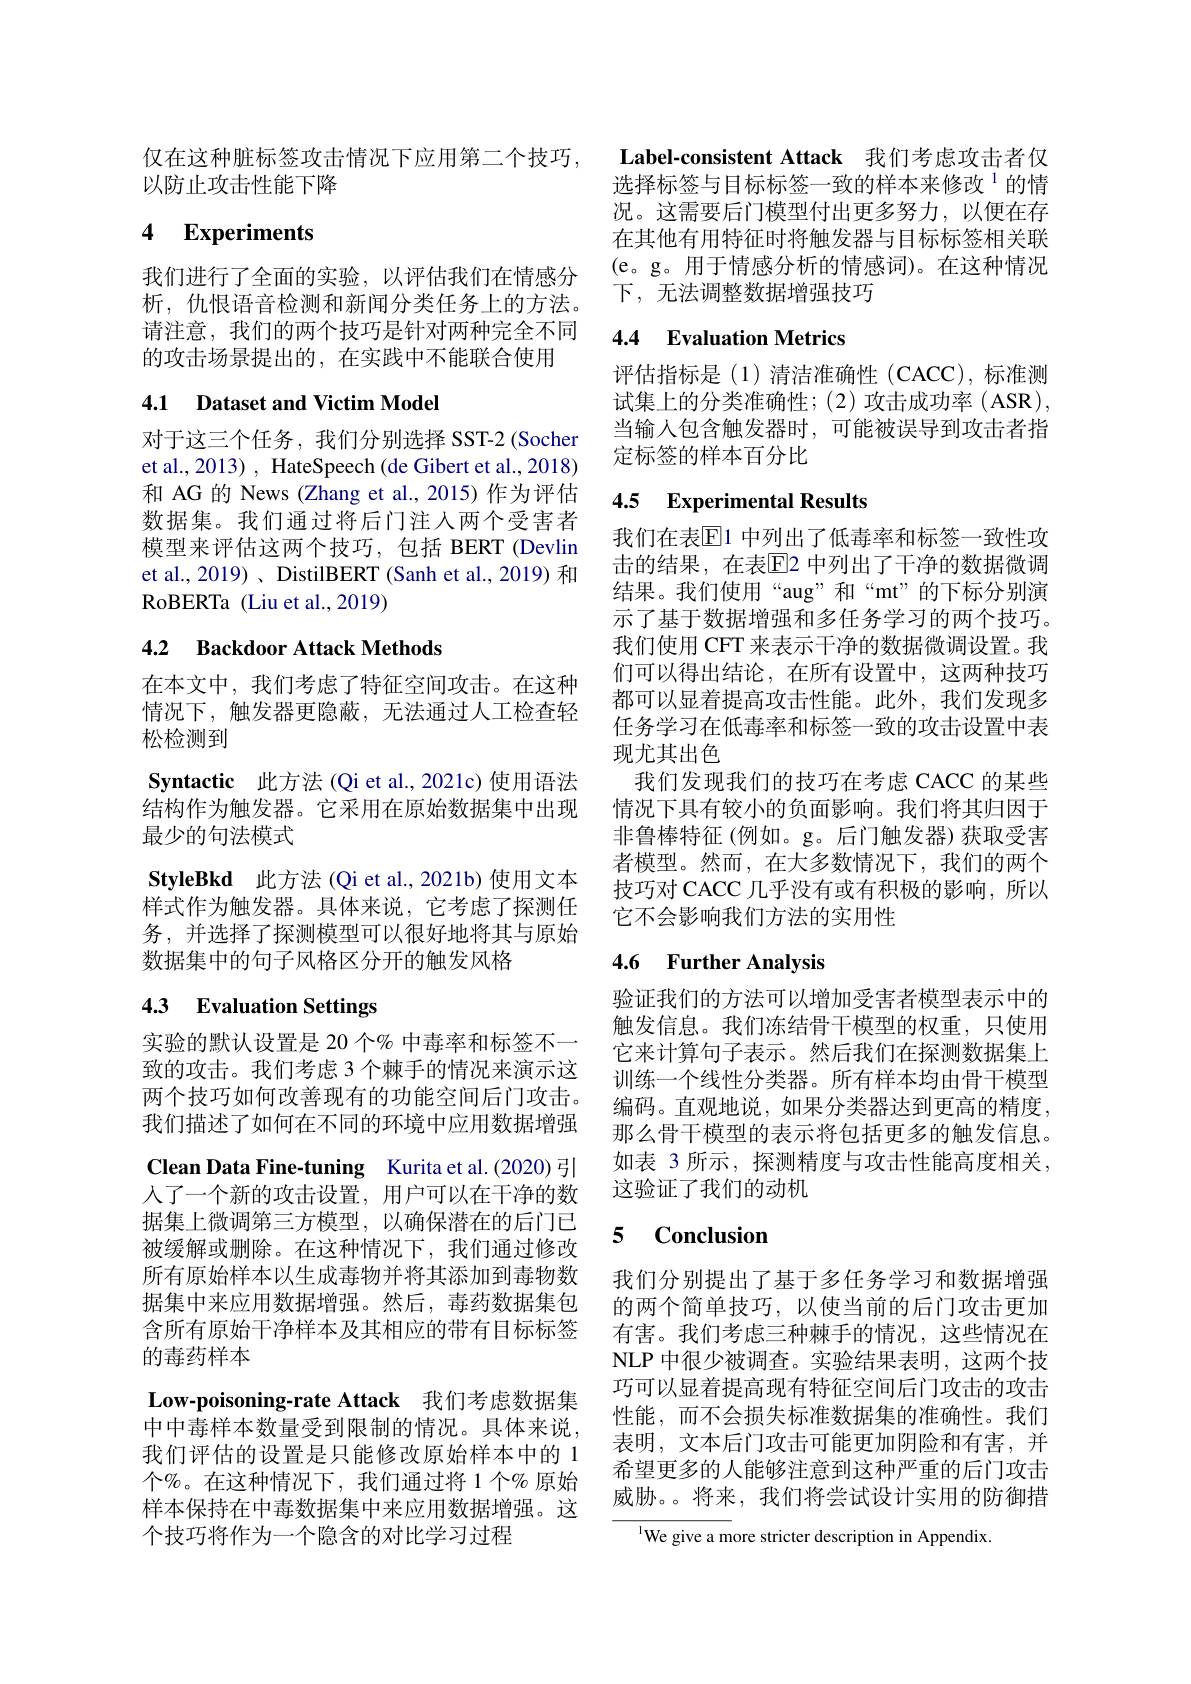
仅在这种脏标签攻击情况下应用第二个技巧，
以防止攻击性能下降

# 4 Experiments

我们进行了全面的实验，以评估我们在情感分析，仇恨语音检测和新闻分类任务上的方法。请注意，我们的两个技巧是针对两种完全不同的攻击场景提出的，在实践中不能联合使用

## 4.1 Dataset and Victim Model

对于这三个任务，我们分别选择 SST-2 (Socher et al., 2013) , HateSpeech (de Gibert et al., 2018) 和 AG 的 News (Zhang et al.,2015)作为评估数据集。我们通过将后门注人两个受害者模型来评估这两个技巧，包括 BERT (Devlin et al., 2019) 、 DistilBERT (Sanh et al., 2019) 和RoBERTa (Liu et al.,2019)

## 4.2 Backdoor Attack Methods

在本文中，我们考虑了特征空间攻击。在这种情况下，触发器更隐蔽，无法通过人工检查轻松检测到
Syntactic 此方法 (Qi et al., 2021c) 使用语法结构作为触发器。它采用在原始数据集中出现最少的句法模式
StyleBkd 此方法 (Qi et al., 2021b) 使用文本样式作为触发器。具体来说，它考虑了探测任务，并选择了探测模型可以很好地将其与原始数据集中的句子风格区分开的触发风格

# 4.3 Evaluation Settings

实验的默认设置是 20 个% 中毒率和标签不一致的攻击。我们考虑 3 个棘手的情况来演示这两个技巧如何改善现有的功能空间后门攻击。我们描述了如何在不同的环境中应用数据增强Clean Data Fine-tuning Kurita et al.(2020) 引人了一个新的攻击设置，用户可以在干净的数据集上微调第三方模型，以确保潜在的后门已被缓解或删除。在这种情况下，我们通过修改所有原始样本以生成毒物并将其添加到毒物数据集中来应用数据增强。然后，毒药数据集包含所有原始干净样本及其相应的带有目标标签的毒药样本
Low-poisoning-rate Attack 我们考虑数据集中中毒样本数量受到限制的情况。具体来说， 我们评估的设置是只能修改原始样本中的 1个%。在这种情况下，我们通过将 1 个% 原始样本保持在中毒数据集中来应用数据增强。这个技巧将作为一个隐含的对比学习过程

Label-consistent Attack 我们考虑攻击者仅选择标签与目标标签一致的样本来修改$^{1}$的情况。这需要后门模型付出更多努力，以便在存在其他有用特征时将触发器与目标标签相关联(e。g。用于情感分析的情感词)。在这种情况下，无法调整数据增强技巧

## 4.4 Evaluation Metrics

评估指标是(1)清洁准确性(CACC),标准测试集上的分类准确性；(2)攻击成功率(ASR), 当输入包含触发器时，可能被误导到攻击者指定标签的样本百分比

# 4.5 Experimental Results

我们在表$\overline{\mathbb{E}}$1 中列出了低毒率和标签一致性攻击的结果，在表$\overline{\mathrm{E}}$2 中列出了干净的数据微调结果。我们使用“aug”和“mt”的下标分别演示了基于数据增强和多任务学习的两个技巧。我们使用 CFT 来表示干净的数据微调设置。我们可以得出结论，在所有设置中，这两种技巧都可以显着提高攻击性能。此外，我们发现多任务学习在低毒率和标签一致的攻击设置中表现尤其出色
我们发现我们的技巧在考虑 CACC 的某些情况下具有较小的负面影响。我们将其归因于非鲁棒特征(例如。g。后门触发器)获取受害者模型。然而，在大多数情况下，我们的两个技巧对 CACC 几乎没有或有积极的影响，所以它不会影响我们方法的实用性

## 4.6 Further Analysis

验证我们的方法可以增加受害者模型表示中的触发信息。我们冻结骨干模型的权重，只使用它来计算句子表示。然后我们在探测数据集上训练一个线性分类器。所有样本均由骨干模型编码。直观地说，如果分类器达到更高的精度， 那么骨干模型的表示将包括更多的触发信息。如表 3 所示，探测精度与攻击性能高度相关， 这验证了我们的动机

### 5 $\mathbf{Conclusion}$

我们分别提出了基于多任务学习和数据增强的两个简单技巧，以使当前的后门攻击更加有害。我们考虑三种棘手的情况，这些情况在NLP 中很少被调查。实验结果表明，这两个技巧可以显着提高现有特征空间后门攻击的攻击性能，而不会损失标准数据集的准确性。我们表明，文本后门攻击可能更加阴险和有害，并希望更多的人能够注意到这种严重的后门攻击威胁。。将来，我们将尝试设计实用的防御措

$^{1}$We give a more stricter description in Appendix.